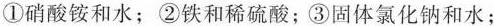
①硝酸铵和水；②铁和稀硫酸；③固体氯化钠和水；